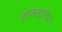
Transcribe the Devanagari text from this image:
ह्याबद्दलच्या